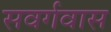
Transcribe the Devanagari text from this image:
सवर्गवास